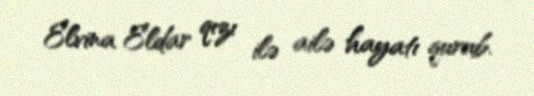
Elvina Eldar qızı ilə ailə hayatı qurub.